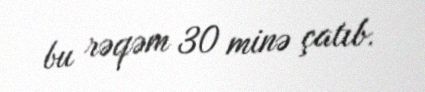
bu rəqəm 30 minə çatıb.